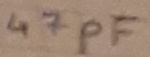
Text: 47µF